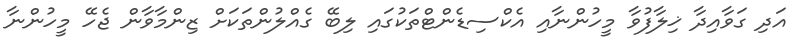
އަދި ގަވާއިދާ ޚިލާފުވާ މީހުންނާއި އެކްސިޑެންޓްތަކުގައި ލިބޭ ގެއްލުންތަކަށް ޒިންމާވާން ޖެހޭ މީހުންނާ